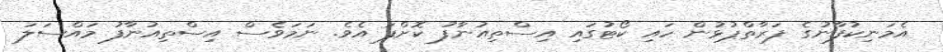
އެމަނިކުފާނުގެ ފަރާތްޕުޅުން ހައި ކޯޓުގައި އިސްތިއުނާފު ކޮށްފަ އެވެ. ނަމަވެސް އިސްތިއުނާފު މައްސަލަ